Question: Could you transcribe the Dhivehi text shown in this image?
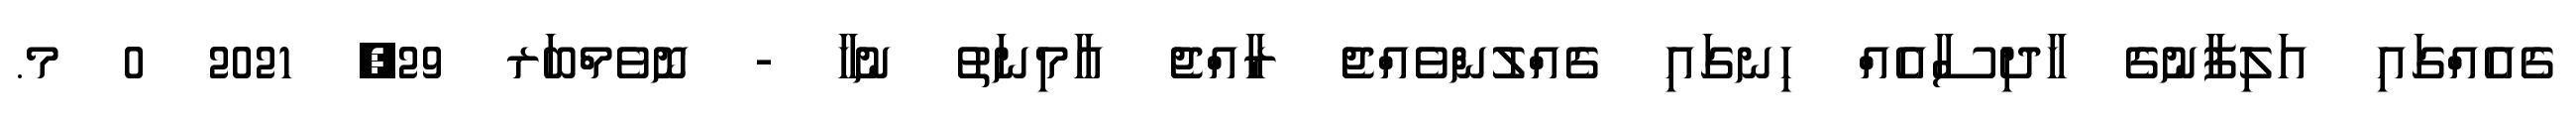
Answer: ގެއެއްގައި އަލިފާނުގެ ހާދިސާއެއް ހިނގައި ގެއްލުންވެއްޖެ ރާއްޖެ އާމިނަތު ނުހާ - ނޮވެމްބަރ 29, 2021 0 މ.